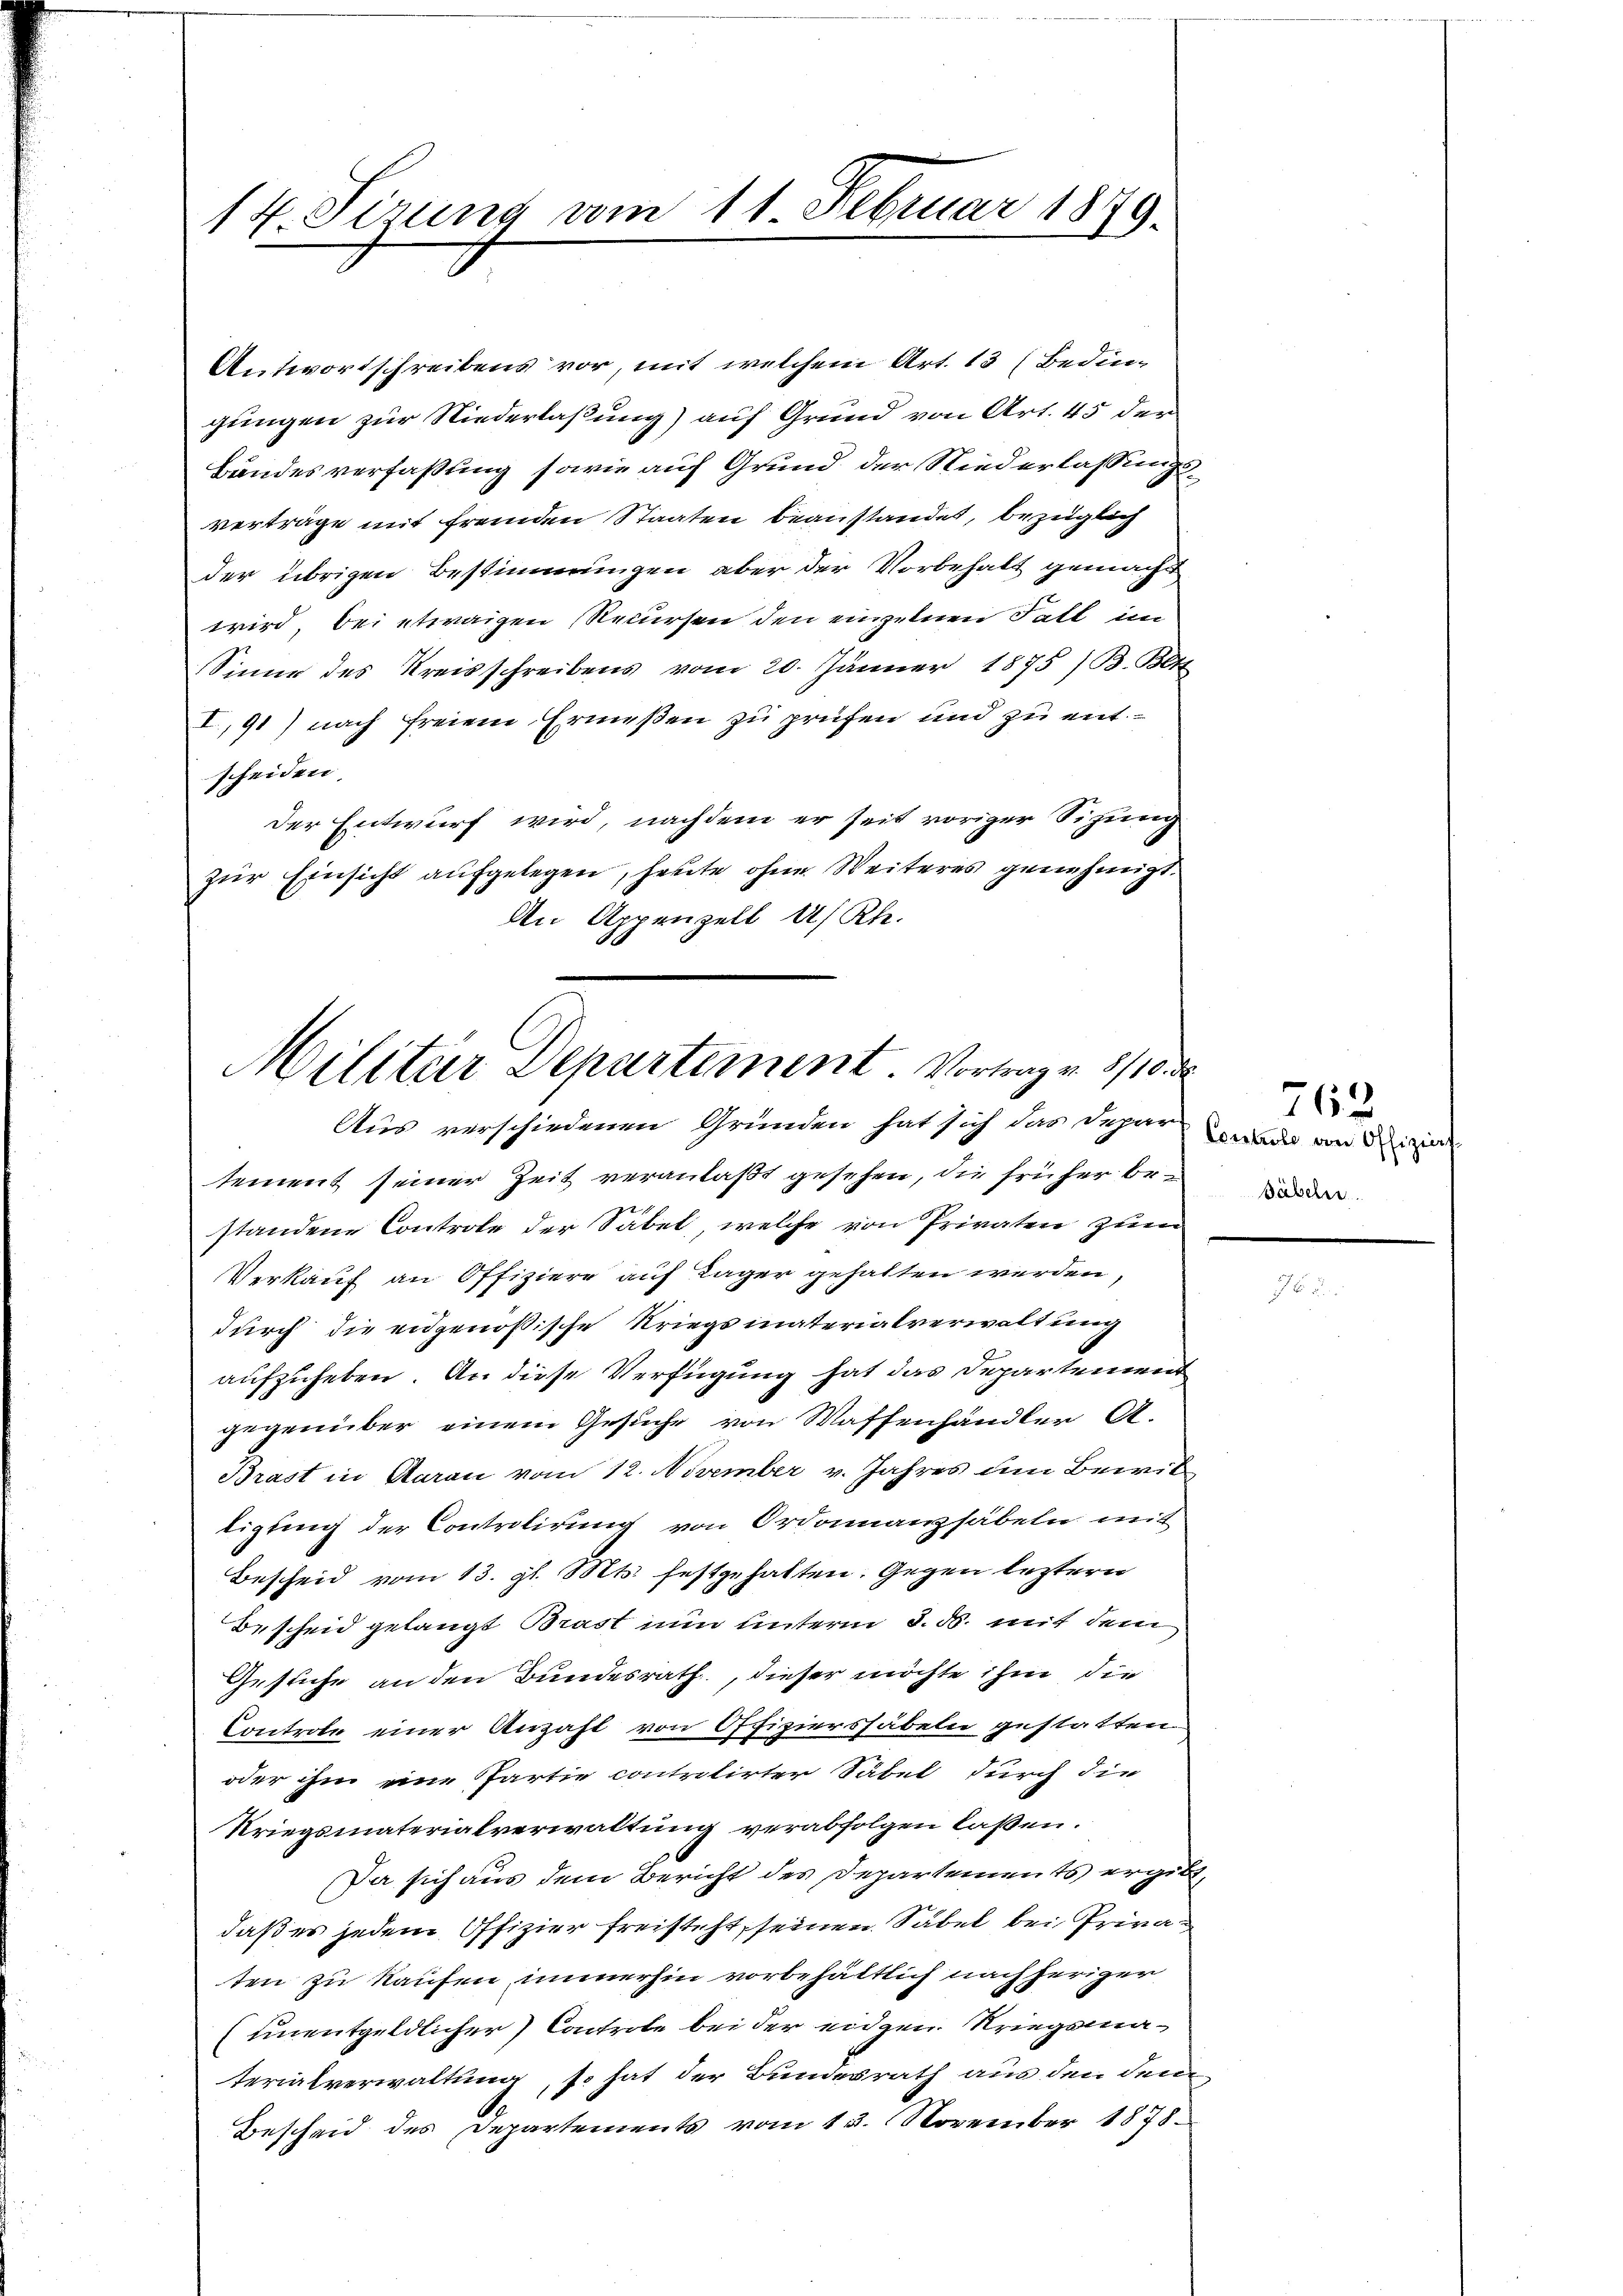
14 Sirung vom 11. Februar 1879.

Antwortschreibens vor, mit welchem Art. 13 (Bedin
gungen zur Niederlaßung) auf Grund von Art. 45 der
Bandesverfaßung sowie auf Grund der Niederlassungsverträge mit fremden Staaten beanstandet, bezüglich
der übrigen Bestimmungen aber der Vorbehalt gemacht
wird, bei etwaigen Recursen den einzelnen Fall im
Sinne des Kreisschreibens vom 20. Jänner 1875 / B. Bett.
I,91) nach freien Ermeßen zu prüfen und zu entscheiden
der Entwurf wird, nachdem er seit voriger Sitzung
zur Einsicht aufgelegen, heute ohne Weiteres genehmigt.
An Appenzell a/Rh.
Militar Departement. Vortrag v. 8/10 d

Aus verschiedenen Gründen hat sich das Depar

sement seiner Zeit veranlaßt gesehen, die früher bestandene Controle der Säbel, welche von Privaten zum
Verkauf an Offiziere auf Lager gehalten werden,
durch die eidgenößische Kriegsmaterialverwaltung
aufzuheben. An diese Verfügung hat das Departement
gegenüber einem Gesuche von Waffenhändler A.
Brast in Aarau vom 12. November v. Jahres am Bewilligung der Controlirung von Ordonnanzsäbeln mit
Bescheid vom 13. gl. Mts. festgehalten. Gegen leztern
Bescheid gelangt Brast nun unterm 3. ds. mit dem
Gesliche an den Bundesrath, dieser möchte ihm die
Controle einer Anzahl von Offiziershäbeln gestatten.
oder ihm eine Partie contretirter Säbel durch die
Kriegsmaterialverwaltung verabfolgen laßen.
Da sich aus dem Bericht des Departements ergibt,
daß es jedem Offizier freisteht, seinen Säbel bei Privat
ten zu kaufen, immerhin vorbehältlich nachheriger
(unentgeldlicher) Controle bei der eidgen. Kriegsmaterialverwaltung, so hat der Bundesrath aus den dem
Bescheid des Departements vom 15. November 1878

762
Controle von Offiziert
Säbeln